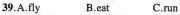
39.A.fly B.eat C.run